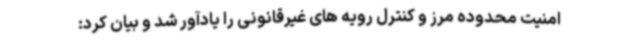
امنیت محدوده مرز و کنترل رویه های غیرقانونی را یادآور شد و بیان کرد: